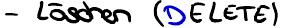
- Löschen (DELETE)